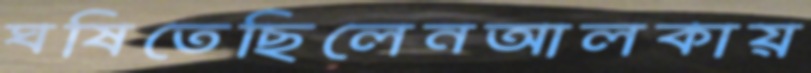
ঘষিতেছিলেনআলকায়